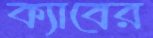
ক্যাবের